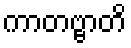
ကာတဗ္ဗာတိ